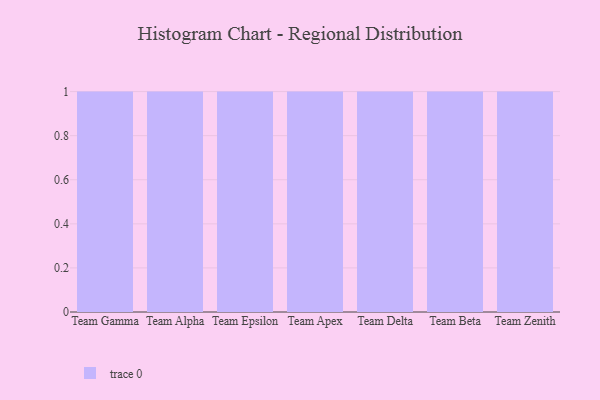
{"axis": {"x": "Team", "y": "Tickets Resolved"}, "legend": [""], "data": [{"x": "Team Gamma", "y": 96, "type": ""}, {"x": "Team Alpha", "y": 99, "type": ""}, {"x": "Team Epsilon", "y": 26, "type": ""}, {"x": "Team Apex", "y": 10, "type": ""}, {"x": "Team Delta", "y": 76, "type": ""}, {"x": "Team Beta", "y": 100, "type": ""}, {"x": "Team Zenith", "y": 67, "type": ""}]}